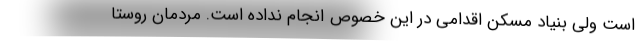
است ولی بنیاد مسکن اقدامی در این خصوص انجام نداده است. مردمان روستا